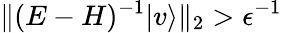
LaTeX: \| (E-H)^{-1}|v\rangle\| _{2}>\epsilon^{-1}